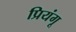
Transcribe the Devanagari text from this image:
प्रियंगू